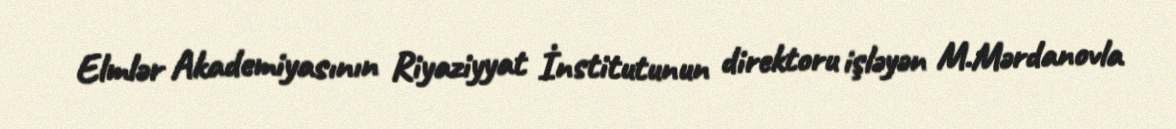
Elmlər Akademiyasının Riyaziyyat İnstitutunun direktoru işləyən M.Mərdanovla